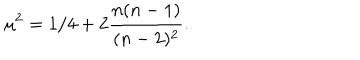
\mu ^ { 2 } = 1 / 4 + 2 { \frac { n ( n - 1 ) } { ( n - 2 ) ^ { 2 } } } .